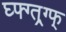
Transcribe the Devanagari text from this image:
घ्फ्ग्त्र्ग्फ्